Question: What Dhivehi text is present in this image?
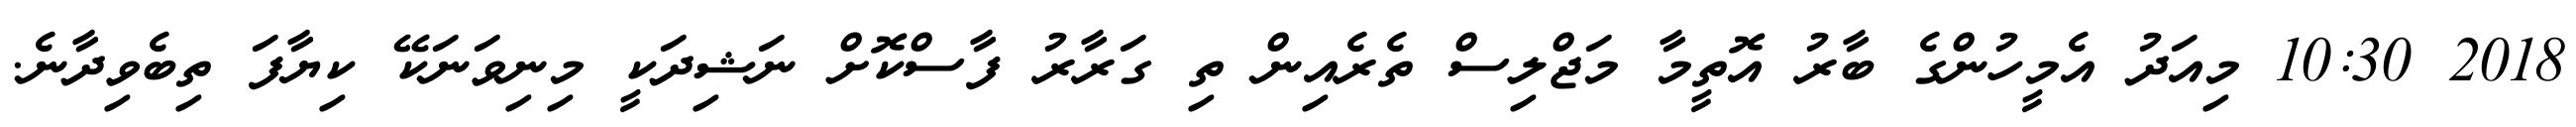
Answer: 2018 10:30 މިއަދު އެމީހުންގެ ބާރު އޮތީމާ މަޖްލިސް ތެރެއިން ތި ގަރާރު ފާސްކޮށް ނަޝިދަކީ މިނިވަނަކޭ ކިޔާފަ ތިބެވިދާނެ.